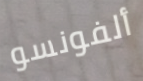
ألفونسو